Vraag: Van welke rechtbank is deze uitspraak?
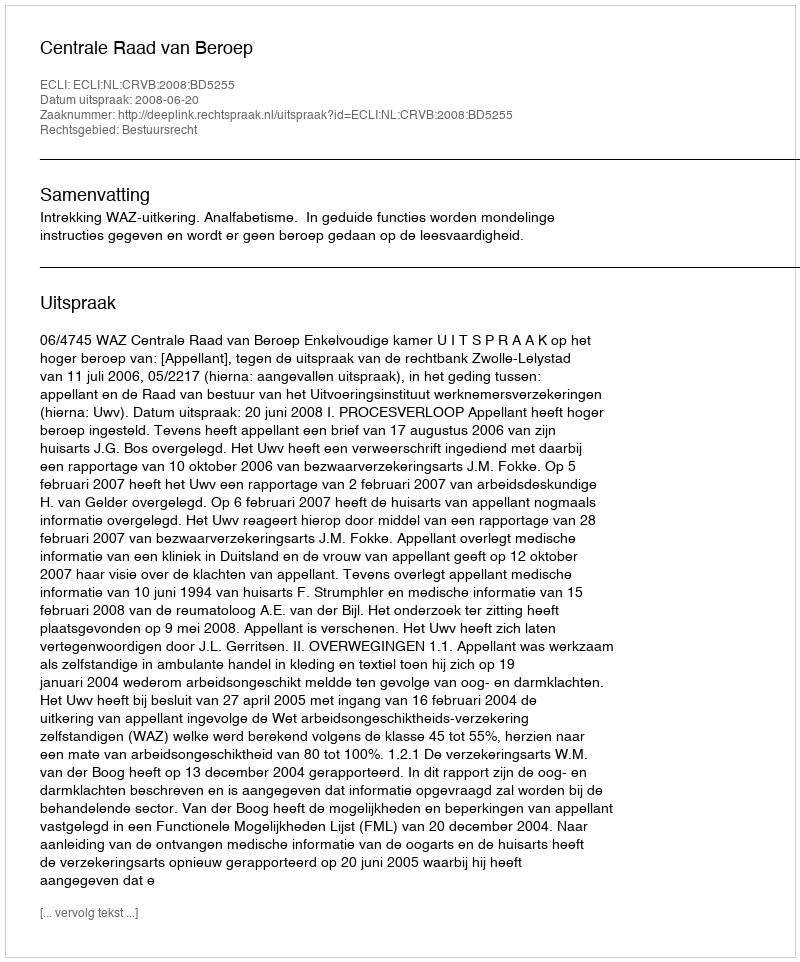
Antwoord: Centrale Raad van Beroep